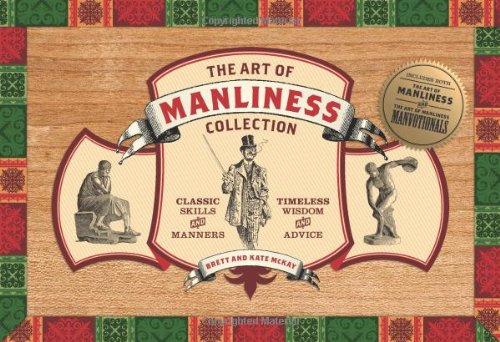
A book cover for Art of Manliness Collection; Brett McKay; Health, Fitness & Dieting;